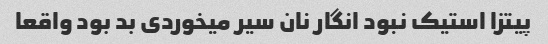
پیتزا استیک نبود انگار نان سیر میخوردی بد بود واقعا